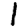
Digit: 1